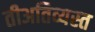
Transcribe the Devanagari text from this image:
तीअतिव्यस्त